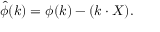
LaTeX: { \hat { \phi } } ( k ) = \phi ( k ) - ( k \cdot X ) .